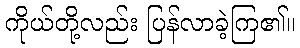
ကိုယ်တို့လည်း ပြန်လာခဲ့ကြ၏။